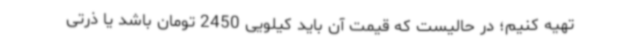
تهیه کنیم؛ در حالیست که قیمت آن باید کیلویی 2450 تومان باشد یا ذرتی